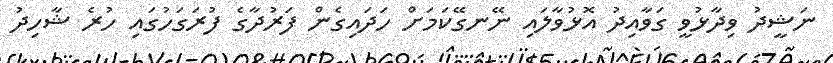
ނަޝީދު ވިދާޅުވީ ގަވާއިދު އޮޅުވާލައި ނޭނގޭކަމަށް ހަދައިގެން ފަރުދާގެ ފުރަގަހުގައި ހުރެ ޝާހިދު